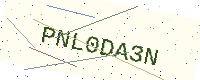
Text: PNL0DA3N